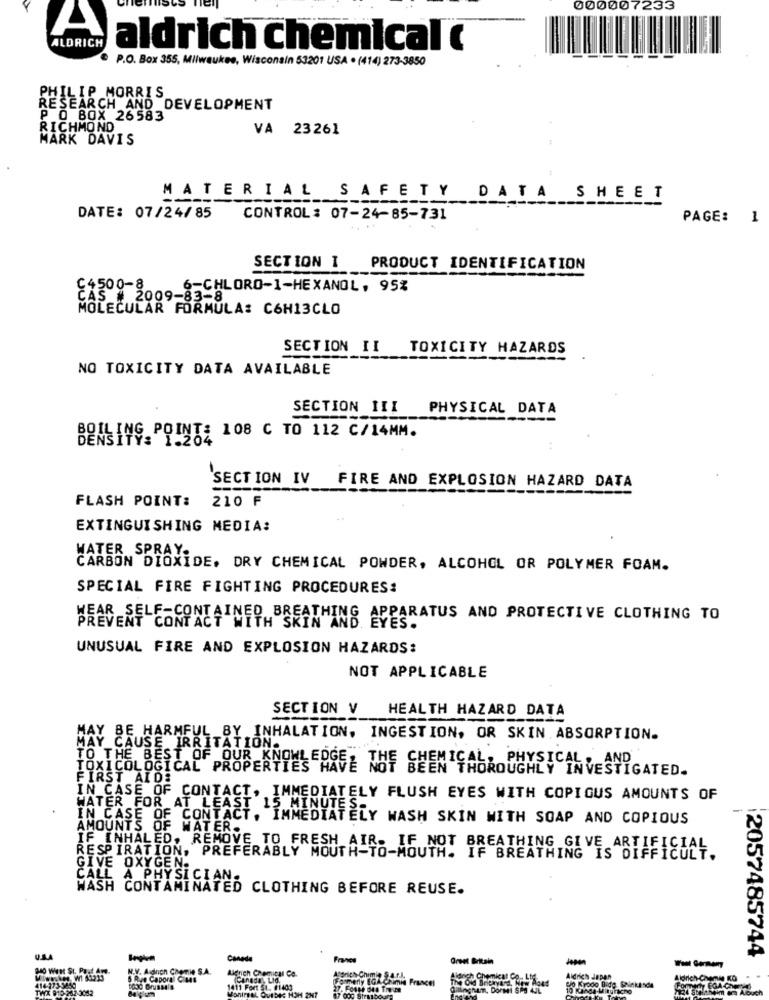
000007233
ALDRICH
aldrich chemical
P.O. Box 355, Milwaukee, Wisconsin 53201 USA . (414) 273-3850
PHILIP MORRIS
RESEARCH AND DEVELOPMENT
P O BOX 26583
RICHMOND
VA 23261
MARK DAVIS
MATERIAL SAFETY DATA SHEET
DATE: 07/24/85
CONTROL : 07-24-85-731
PAGE: 1
SECTION I
PRODUCT IDENTIFICATION
C4500-8.
6-CHLORO-1-HEXANOL. 95%
CAS # 2009-83-8
MOLECULAR FORMULA: C6H13CLO
SECTION II TOXICITY HAZARDS
NO TOXICITY DATA AVAILABLE
SECTION III PHYSICAL DATA
BOILING POINT: 108 C TO 112 C/14MM.
SECTION IV
FIRE AND EXPLOSION HAZARD DATA
FLASH POINT:
210 F
EXTINGUISHING MEDIA:
WATER SPRAY.
CARBON DIOXIDE. DRY CHEMICAL POWDER, ALCOHOL OR POLYMER FOAM.
SPECIAL FIRE FIGHTING PROCEDURES:
WEAR SELF-CONTAINED BREATHING APPARATUS AND PROTECTIVE CLOTHING TO
PREVENT CONTACT WITH SKIN AND.
UNUSUAL FIRE AND EXPLOSION HAZARDS:
NOT APPLICABLE
SECTION V
HEALTH HAZARD DATA
MAY BE HARMFUL BY INHALATION, INGESTION, OR SKIN. ABSORPTION.
CAUSE IRRITATION.
TO THE BEST OF OUR KNOWLEDGE, THE CHEMICAL; PHYSICAL, AND
TOXICOLOGICAL PROPERTIES
EN THOROUGHLY INVESTIGATED.
FIRST AIDS
IN CASE OF CONTACT, IMMEDIATELY FLUSH EYES WITH COPIOUS AMOUNTS OF
IN CASE OF CONTACT. IMMEDIATEL
WATER FOR AT LEAST 12 MINUTFERY WASH SKIN WITH SOAP AND COPIOUS
AMOUNTS OF
WATER.
IF INHALED, REMOVE TO FRESH AIR. IF NOT BREATHING GIVE ARTIFICIAL
RESPIRATION, PREFERABLY MOUTH-TO-MOUTH. IF BREATHING IS DIFFICULT.
GIVE OXYGEN.
CALL A PHYSICIAN.
WASH CONTAMINATED CLOTHING BEFORE REUSE.
2057485744
Caneda
France
Great Britain
H.V. A.dnich Chemie S.A
Aldrich Chemical Co.
Atdrich Chimie
414-273-3650
5 Rue Capora CiMs
(Canada), LId.
Formerly IGA-Ch
Francel
Aldrich Japan
Aldrich-Chemie KO
TWX 910-242-3052
Baum
1411 Fort 51. #1403
MonirsaL Ovebec HOH 2H7
00 Krodo Bido Sainkande
10 Kande Mituracho